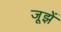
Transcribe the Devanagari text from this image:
जूझें